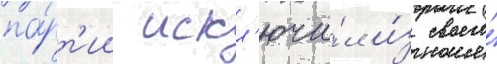
па́рт'ии искл'ючи́л и́з своего́